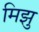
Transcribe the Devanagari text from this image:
मिझु